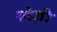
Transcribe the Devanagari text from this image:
स्वेज़ी